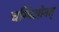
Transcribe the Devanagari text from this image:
चम्पिओनत्